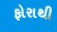
ફોરાથી